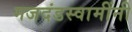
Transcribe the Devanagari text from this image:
गजदंडस्वामींनी